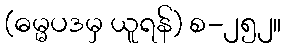
(ဓမ္မပဒမှ ယူရန်) စ-၂၅၂။